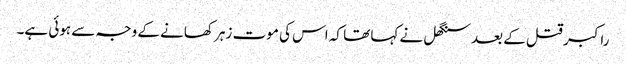
راکبر قتل کے بعد سنگھل نے کہا تھا کہ اس کی موت زہر کھانے کے وجہ سے ہوئی ہے۔